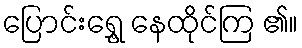
ပြောင်းရွှေ့ နေထိုင်ကြ ၏။